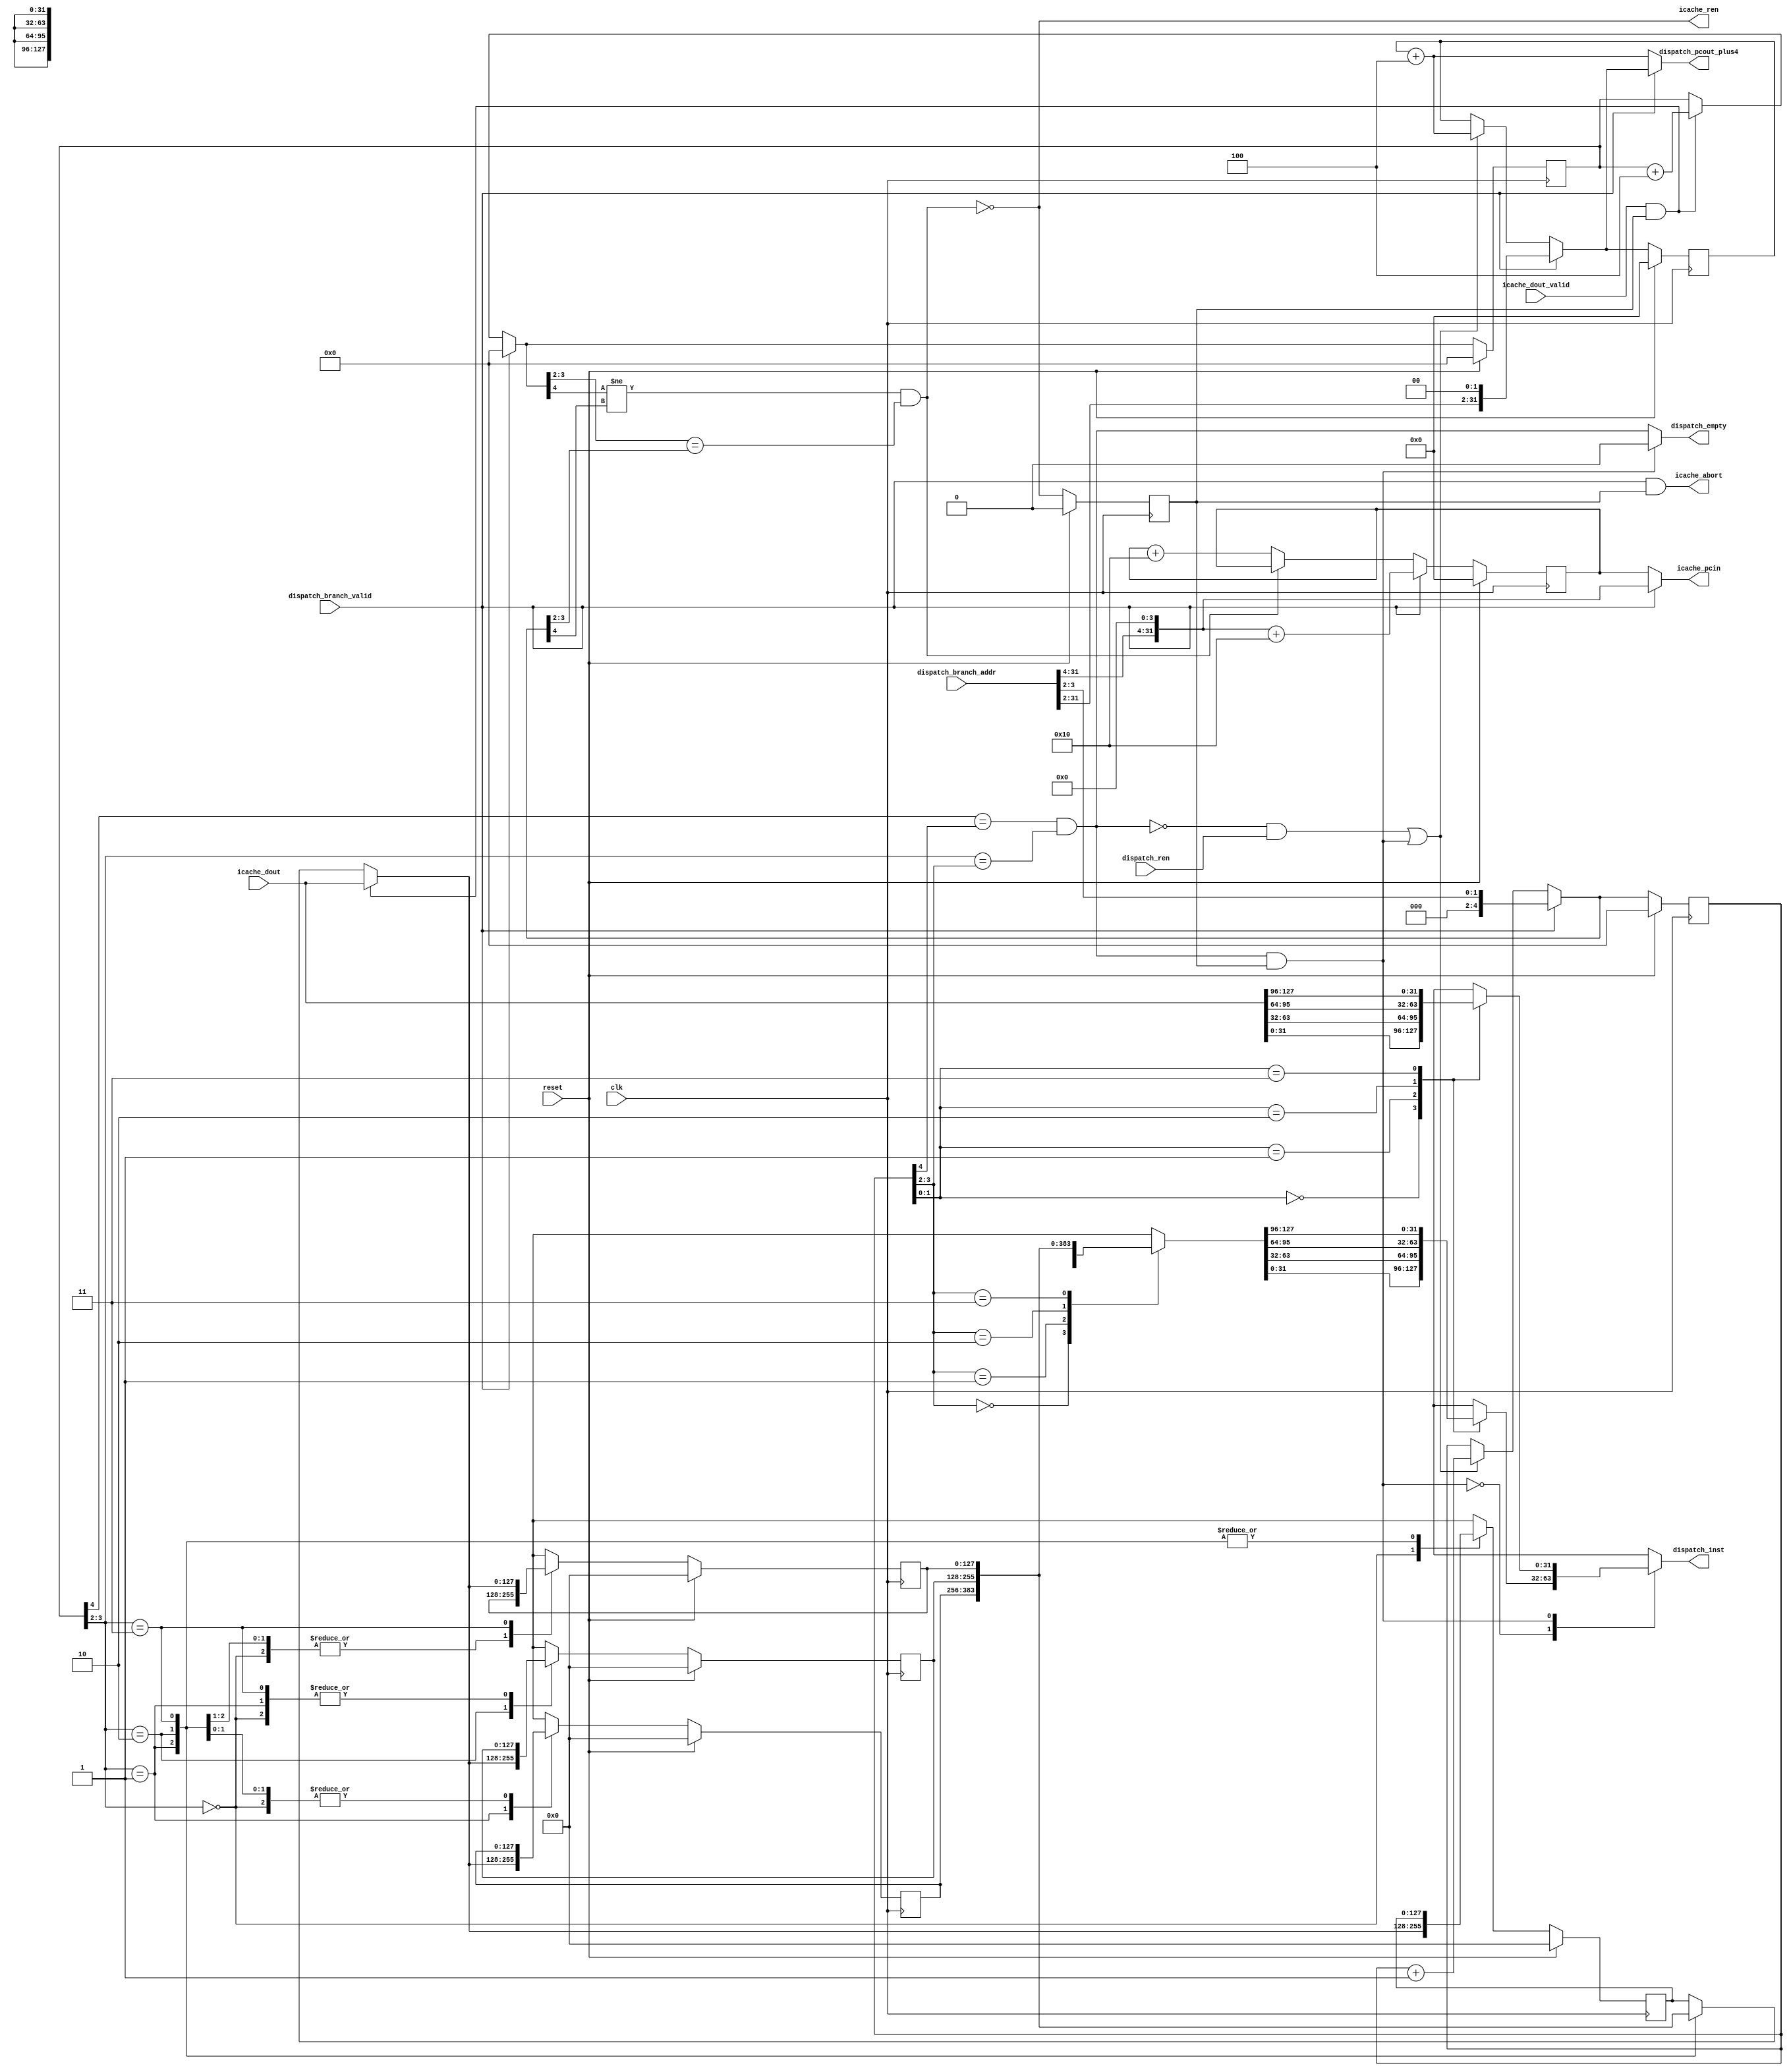

`ifndef IFQ_V
`define IFQ_V

`timescale 1ns/1ps

module ifq #(
   parameter integer W_ENTRY = 2
)(
   input              clk,
   input              reset,
   // Interface with instruction cache.
   output reg [ 31:0] icache_pcin,
   output reg         icache_ren,
   output reg         icache_abort,
   input      [127:0] icache_dout,
   input              icache_dout_valid,
   // Interface with dispatch unit.
   output reg [ 31:0] dispatch_pcout_plus4,
   output reg [ 31:0] dispatch_inst,
   output reg         dispatch_empty,
   input              dispatch_ren,
   input      [ 31:0] dispatch_branch_addr,
   input              dispatch_branch_valid
);

   localparam integer N_ENTRY = 2 ** W_ENTRY;

   // Internal FIFO memory, 128x4.
   reg  [127:0] mem   [N_ENTRY-1:0];
   reg  [127:0] mem_r [N_ENTRY-1:0];

   // Read and write pointers.
   reg  [  4:0] wptr, wptr_r;
   reg  [  4:0] rptr, rptr_r;
   reg  [  4:0] rptr_branch, wptr_branch;

   reg  [ 31:0] pcin,  pcin_r;
   reg  [ 31:0] pcout, pcout_r;
   reg  [ 31:0] pcout_branch, pcin_branch;

   reg icache_req, icache_req_r;
   reg dispatch_req;
   reg is_full, will_be_full, is_empty, will_be_empty;
   reg do_inc_rptr, do_inc_wptr;
   reg do_bypass_mem;

   always @(*) begin : fifo_full_empty_proc
      is_empty = (wptr_r[4] == rptr_r[4]) && (wptr_r[3:2] == rptr_r[3:2]);
      is_full  = (wptr_r[4] != rptr_r[4]) && (wptr_r[3:2] == rptr_r[3:2]);
      will_be_empty = (wptr[4] == rptr[4]) && (wptr[3:2] == rptr[3:2]);
      will_be_full  = (wptr[4] != rptr[4]) && (wptr[3:2] == rptr[3:2]);
   end

   always @(*) begin : fifo_ptr_proc
      do_bypass_mem = is_empty & icache_req_r;
      dispatch_req = (~is_empty & dispatch_ren) | do_bypass_mem;
      icache_req = ~will_be_full;

      do_inc_rptr = dispatch_req;
      do_inc_wptr = icache_req_r & icache_dout_valid;

      // If a branch/jump is detected the IFQ must be emptied, that is,
      // both write/read pointers must point to the same address (0).
      // Read from icache 4 instructions at a time, and write to dispatch unit
      // only one instruction at a time.
      rptr_branch = {3'h0, dispatch_branch_addr[3:2]};
      wptr_branch = {5'h0};
      rptr = (dispatch_branch_valid) ? rptr_branch : ( (do_inc_rptr) ? rptr_r + 1 : rptr_r );
      wptr = (dispatch_branch_valid) ? wptr_branch : ( (do_inc_wptr) ? wptr_r + 4 : wptr_r );

      // 4 byte alignment for PC.
      // When no branch/jump, read 1 cache line (4 instructions at a time) from icache.
      pcout_branch = {dispatch_branch_addr[31:2], 2'h0};
      pcin_branch  = {dispatch_branch_addr[31:4], 4'h0};
      pcout = (dispatch_branch_valid) ? pcout_branch      : ( (do_inc_rptr) ? pcout_r + 4 : pcout_r );
      pcin  = (dispatch_branch_valid) ? pcin_branch  + 16 : ( (icache_req)  ? pcin_r + 16 : pcin_r );
   end

   // Internal mux signals, one coming form memory and the other coming
   // directly from input (icache).
   reg  [ 31:0] inst_from_mem_mux_out, inst_from_input_mux_out, bypass_mux_out;
   reg  [127:0] line_from_mem, line_from_input;
   always @(mem_r[3], mem_r[2], mem_r[1], mem_r[0]) begin : bypass_inst_mux_proc
      line_from_input = icache_dout;
      case (rptr_r[1:0])
         2'b00: inst_from_input_mux_out = line_from_input[ 31: 0];
         2'b01: inst_from_input_mux_out = line_from_input[ 63:32];
         2'b10: inst_from_input_mux_out = line_from_input[ 95:64];
         2'b11: inst_from_input_mux_out = line_from_input[127:96];
      endcase

      line_from_mem = mem_r[rptr_r[3:2]];
      case (rptr_r[1:0])
         2'b00: inst_from_mem_mux_out = line_from_mem[ 31: 0];
         2'b01: inst_from_mem_mux_out = line_from_mem[ 63:32];
         2'b10: inst_from_mem_mux_out = line_from_mem[ 95:64];
         2'b11: inst_from_mem_mux_out = line_from_mem[127:96];
      endcase

      case (do_bypass_mem)
         1'b0: bypass_mux_out = inst_from_mem_mux_out;
         1'b1: bypass_mux_out = inst_from_input_mux_out;
      endcase
   end

   always @(*) begin : ifq_oreg_proc
      //
      // TODO: when should abort the reading from icache? If readings take much
      //       more than 1 cycle then it makes sense, but how to detect when we
      //       are still waiting for the instruction to arrive? We need to set
      //       a register indicating that icache_ren has been issued but
      //       icache_dout_valid hasn't arrived yet.
      //       For now, we never set icache_abort.
      //
      icache_abort = dispatch_branch_valid & icache_req_r;
      icache_pcin  = (dispatch_branch_valid) ? pcin_branch : pcin_r;
      icache_ren   = icache_req;

      dispatch_pcout_plus4 = (dispatch_branch_valid) ? pcout : pcout_r + 4;
      dispatch_inst        = bypass_mux_out;
      // Allow Dispatch unit to grab an instruction when bypassing the internal
      // registers.
      dispatch_empty       = (do_bypass_mem) ? 1'b0 : is_empty;
   end

   always @(mem_r[3], mem_r[2], mem_r[1], mem_r[0]) begin : ifq_mem_proc
      //integer i;
      //for(i = 0; i < N_ENTRY; i = i + 1) mem[i] = mem_r[i];
      mem[3] = mem_r[3];
      mem[2] = mem_r[2];
      mem[1] = mem_r[1];
      mem[0] = mem_r[0];

      mem[wptr_r[3:2]] = (icache_dout_valid & icache_req_r) ? icache_dout : mem_r[wptr_r[3:2]];
   end

   always @(posedge clk) begin : ifq_flags_reg
      icache_req_r   <= (reset) ? 'h0 : icache_req;
   end

   always @(posedge clk) begin : ifq_ptr_reg
      rptr_r <= (reset) ? 'h0 : rptr;
      wptr_r <= (reset) ? 'h0 : wptr;
   end

   always @(posedge clk) begin : ifq_pc_reg
      pcin_r  <= (reset) ? 'h0 : pcin;
      pcout_r <= (reset) ? 'h0 : pcout;
   end

   always @(posedge clk) begin : ifq_mem_reg
      //integer i;
      //for(i = 0; i < N_ENTRY; i = i + 1) begin
      //   mem_r[i] <= (reset) ? 'h0 : mem[i];
      //end
      mem_r[0] <= (reset) ? 'h0 : mem[0];
      mem_r[1] <= (reset) ? 'h0 : mem[1];
      mem_r[2] <= (reset) ? 'h0 : mem[2];
      mem_r[3] <= (reset) ? 'h0 : mem[3];
   end

endmodule

`endif